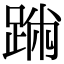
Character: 𨂅